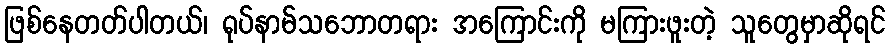
ဖြစ်နေတတ်ပါတယ်၊ ရုပ်နာမ်သဘောတရား အကြောင်းကို မကြားဖူးတဲ့ သူတွေမှာဆိုရင်